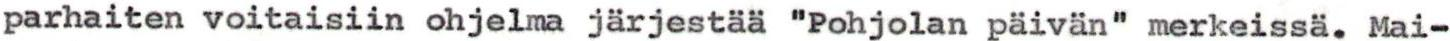
parhaiten voitaisiin ohjelma järjestää "Pohjolan päivän" merkeissä. Mai-